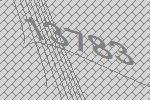
13783